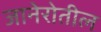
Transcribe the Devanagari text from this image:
जानेरोतील